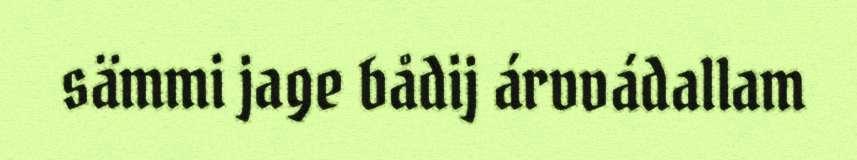
sämmi jage bådij árvvádallam